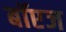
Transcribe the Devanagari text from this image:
बॉएज